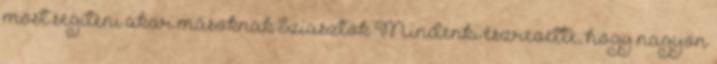
most segíteni akar másoknak Sziasztok Mindenki észrevette, hogy nagyon